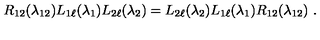
R _ { 1 2 } ( \lambda _ { 1 2 } ) L _ { 1 \ell } ( \lambda _ { 1 } ) L _ { 2 \ell } ( \lambda _ { 2 } ) = L _ { 2 \ell } ( \lambda _ { 2 } ) L _ { 1 \ell } ( \lambda _ { 1 } ) R _ { 1 2 } ( \lambda _ { 1 2 } ) \ .